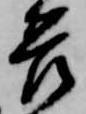
苦